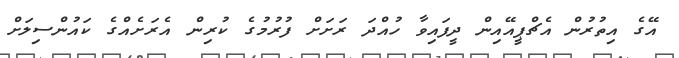
އޭގެ އިތުރުން އެޗްޕީއޭއިން ދީފައިވާ ހުއްދަ ރަށަށް ފުރުމުގެ ކުރިން އެރަށެއްގެ ކައުންސިލަށް